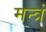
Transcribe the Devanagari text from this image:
मन्‍त्रं